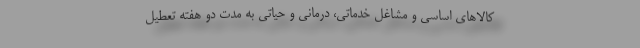
کالا‌های اساسی و مشاغل خدماتی، درمانی و حیاتی به مدت دو هفته تعطیل